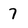
Character: 7